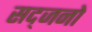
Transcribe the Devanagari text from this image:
सद्जनो